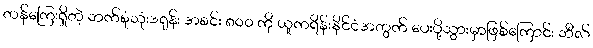
တန်ကြေးရှိတဲ့ ဘက်စုံသုံးဒရုန်း အစင်း ၈၀၀ ကို ယူကရိန်းနိုင်ငံအတွက် ပေးပို့သွားမှာဖြစ်ကြောင်း ဘီလ်